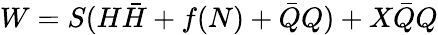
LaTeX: W=S(H\bar{H}+f(N)+\bar{Q}Q)+X\bar{Q}Q